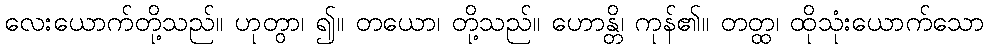
လေးယောက်တို့သည်။ ဟုတွာ၊ ၍။ တယော၊ တို့သည်။ ဟောန္တိ၊ ကုန်၏။ တတ္ထ၊ ထိုသုံးယောက်သော